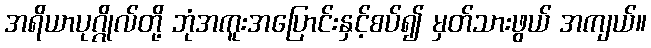
အရိယာပုဂ္ဂိုလ်တို့ ဘုံအကူးအပြောင်းနှင့်စပ်၍ မှတ်သားဖွယ် အကျယ်။